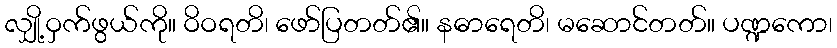
လျှို့ဝှက်ဖွယ်ကို။ ဝိဝရတိ၊ ဖော်ပြတတ်၏။ နဓာရေတိ၊ မဆောင်တတ်။ ပဏ္ဍကော၊